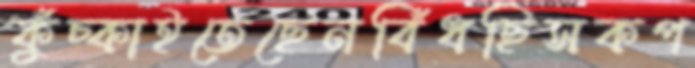
কুঁচ্‌কাইতেছেনবিঁধছিসকপ